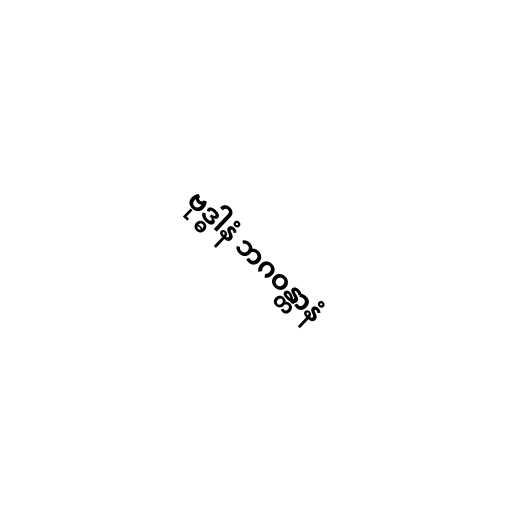
ဗုဒ္ဓါနံ ဘဂဝန္တာနံ